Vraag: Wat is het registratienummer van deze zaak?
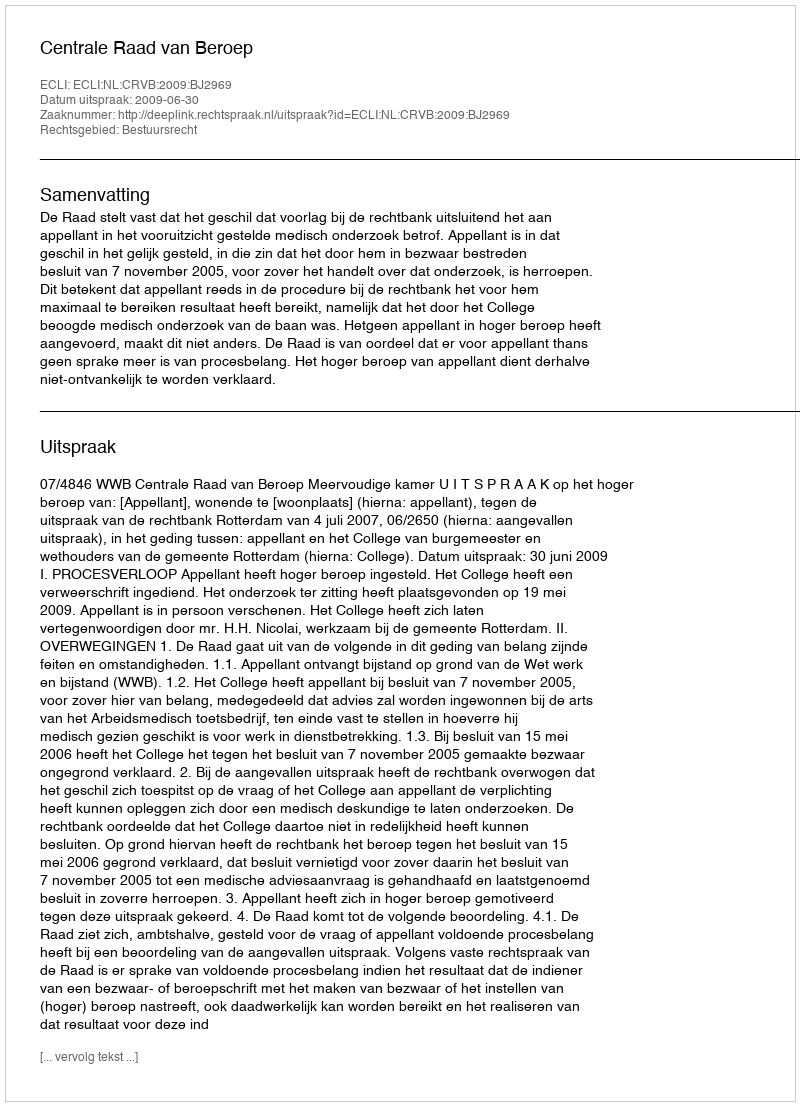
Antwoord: http://deeplink.rechtspraak.nl/uitspraak?id=ECLI:NL:CRVB:2009:BJ2969